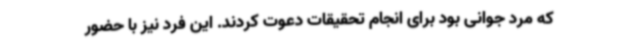
که مرد جوانی بود برای انجام تحقیقات دعوت کردند. این فرد نیز با حضور